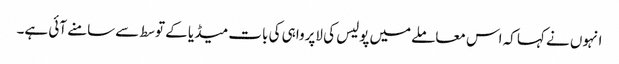
انہوں نے کہا کہ اس معاملےمیں پولیس کی لاپرواہی کی بات میڈیا کے توسط سےسامنے آئی ہے۔